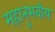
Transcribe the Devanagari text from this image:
महानुभवीय